Annual administration report of the Civil Veterinary Department of India - 1895-1896
Year: 1895
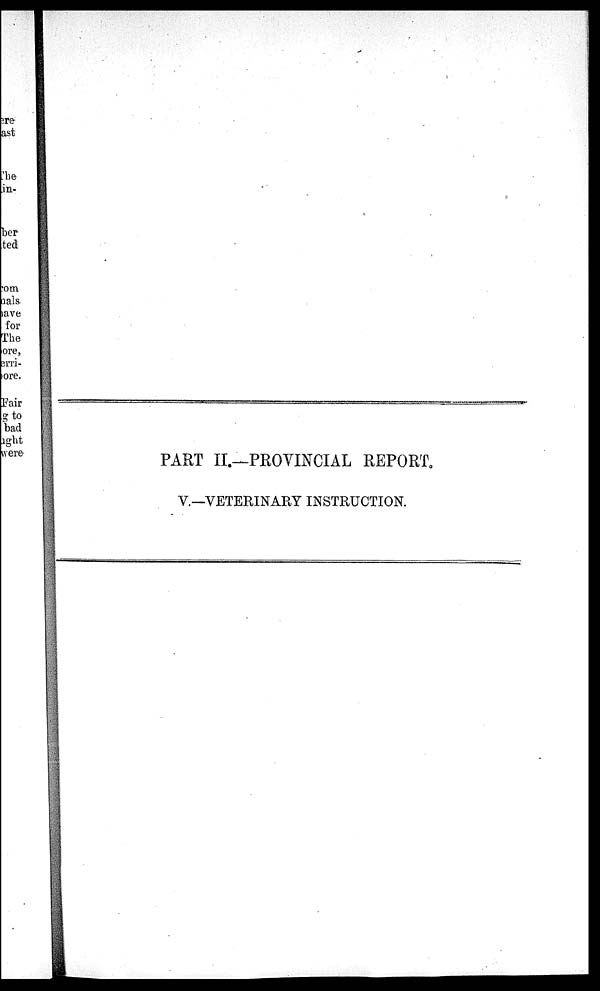
PART II.—PROVINCIAL REPORT.
V.—VETERINARY INSTRUCTION.